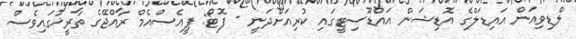
ލްޑިވިއަން އައިޑަލްގެ އޮޑިޝަން އައްޑޫސިޓީގައި ކުރިއަށްދަނީ - ފޮޓޯ: ޕީއެސްއެމް ރާއްޖޭގެ ތާރީޚުގައިވެސް